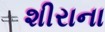
શીરાના